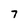
Character: 7